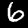
Label: 6